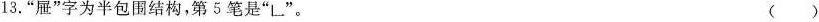
13.”屉”字为半包围结构，第5笔是”L”。 ( )